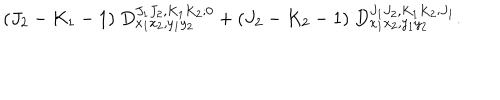
( J _ { 2 } - K _ { 1 } - 1 ) ~ D _ { x _ { 1 } x _ { 2 } , y _ { 1 } y _ { 2 } } ^ { J _ { 1 } J _ { 2 } , K _ { 1 } K _ { 2 } ; 0 } + ( J _ { 2 } - K _ { 2 } - 1 ) ~ D _ { x _ { 1 } x _ { 2 } , y _ { 1 } y _ { 2 } } ^ { J _ { 1 } J _ { 2 } , K _ { 1 } K _ { 2 } ; J _ { 1 } } .